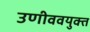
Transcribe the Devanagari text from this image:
उणीववयुक्त